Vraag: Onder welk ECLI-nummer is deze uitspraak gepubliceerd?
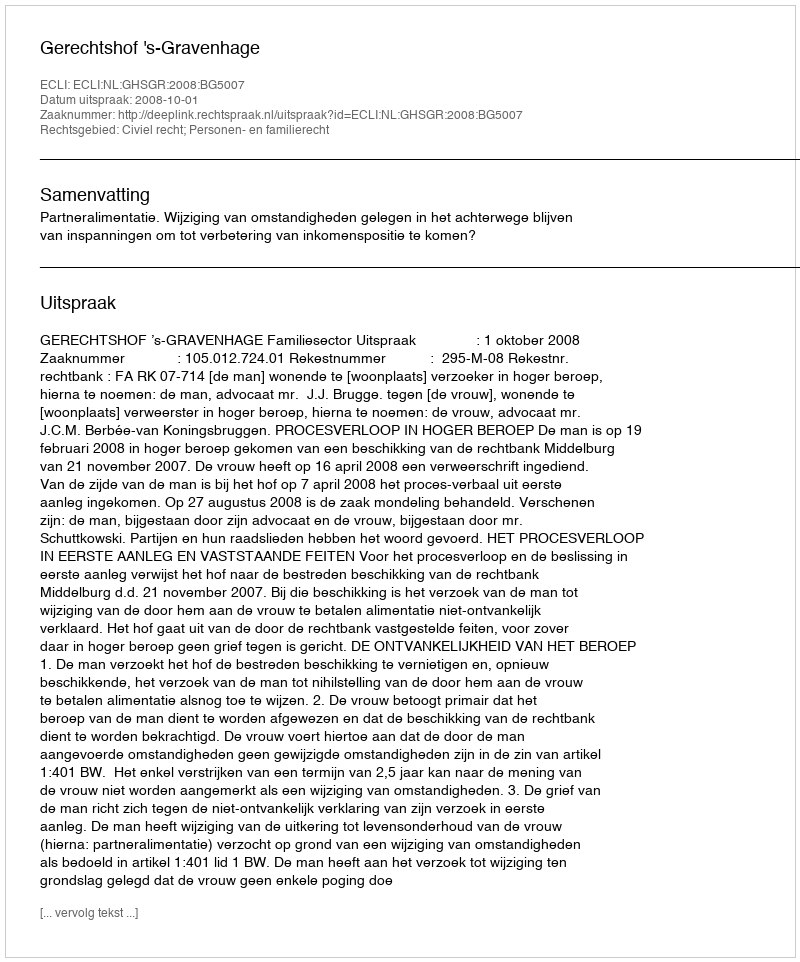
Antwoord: ECLI:NL:GHSGR:2008:BG5007